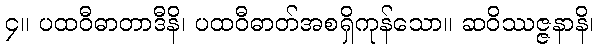
၄။ ပထဝီဓာတာဒီနိ၊ ပထဝီဓာတ်အစရှိကုန်သော။ ဆဝိဿဇ္ဇနာနိ၊